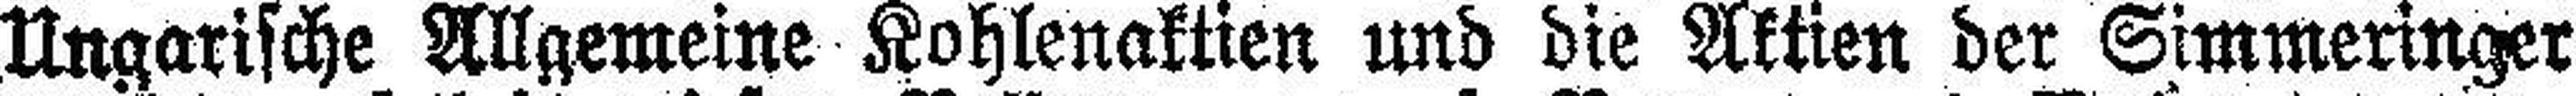
Ungarische Allgemeine Kohlenaktien und die Aktien der Simmeringer